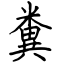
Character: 糞